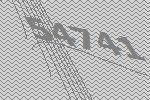
54741